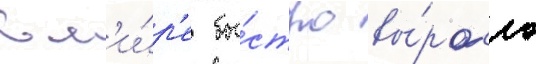
в м'и́р'е бы́стро вы́росло